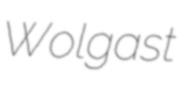
Wolgast